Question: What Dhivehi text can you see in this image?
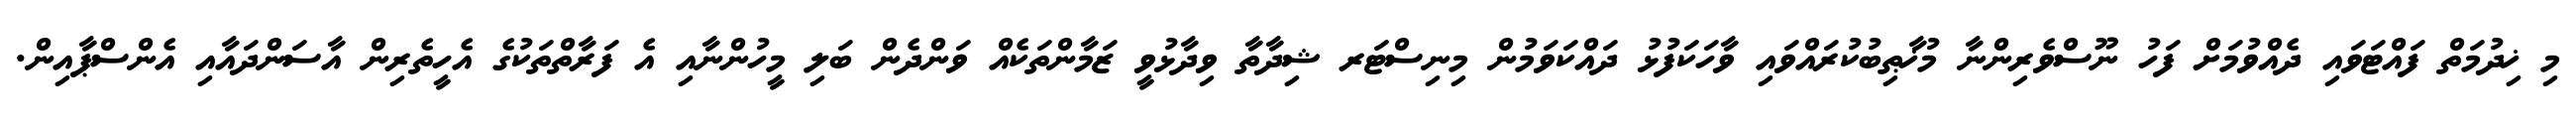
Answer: މި ޚިދުމަތް ފައްޓަވައި ދެއްވުމަށް ފަހު ނޫސްވެރިންނާ މުޚާޠިބުކުރައްވައި ވާހަކަފުޅު ދައްކަވަމުން މިނިސްޓަރ ޝިދާތާ ވިދާޅުވީ ޒަމާންތަކެއް ވަންދެން ބަލި މީހުންނާއި އެ ފަރާތްތަކުގެ އެހީތެރިން އާސަންދައާއި އެންސްޕާއިން.